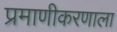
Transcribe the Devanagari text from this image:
प्रमाणीकरणाला